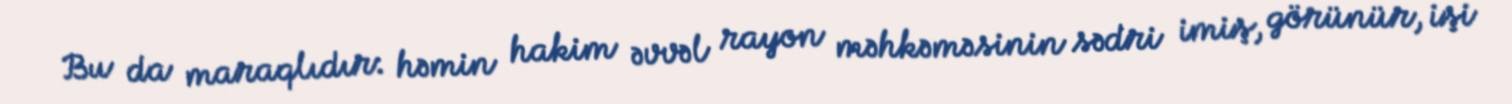
Bu da maraqlıdır: həmin hakim əvvəl rayon məhkəməsinin sədri imiş, görünür, işi